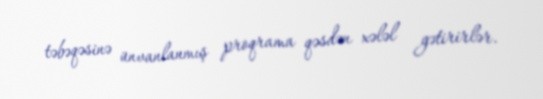
təbəqəsinə ünvanlanmış proqrama qəsdən xələl gətirirlər.